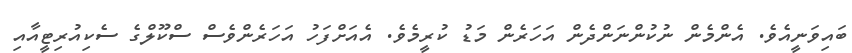
ބައިވަނީއެވެ. އެންމެން ނުކުންނަންދެން އަހަރެން މަޑު ކުރީމެވެ. އެއަށްފަހު އަހަރެންވެސް ސްކޫލްގެ ސެކިއުރިޓީއާއި